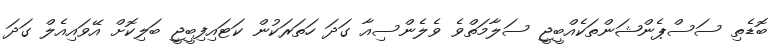
ބޮޑެތި ސަސްޕެންޝަންތަކެއްބީޖީ ސަލާމަތްވެ ވެލެންސިއާ ގަދަ ހަތަރަކުން ކަޓައިފިބީޖީ ބަލިކޮށް އޭވައިއެލް ގަދަ